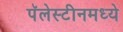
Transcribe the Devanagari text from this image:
पॅलेस्टीनमध्ये